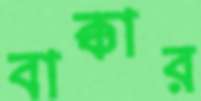
বাক্কার